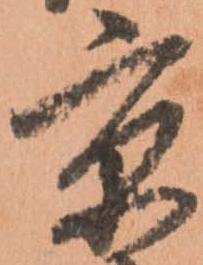
京